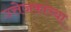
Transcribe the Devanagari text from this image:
उत्तेजकांच्या